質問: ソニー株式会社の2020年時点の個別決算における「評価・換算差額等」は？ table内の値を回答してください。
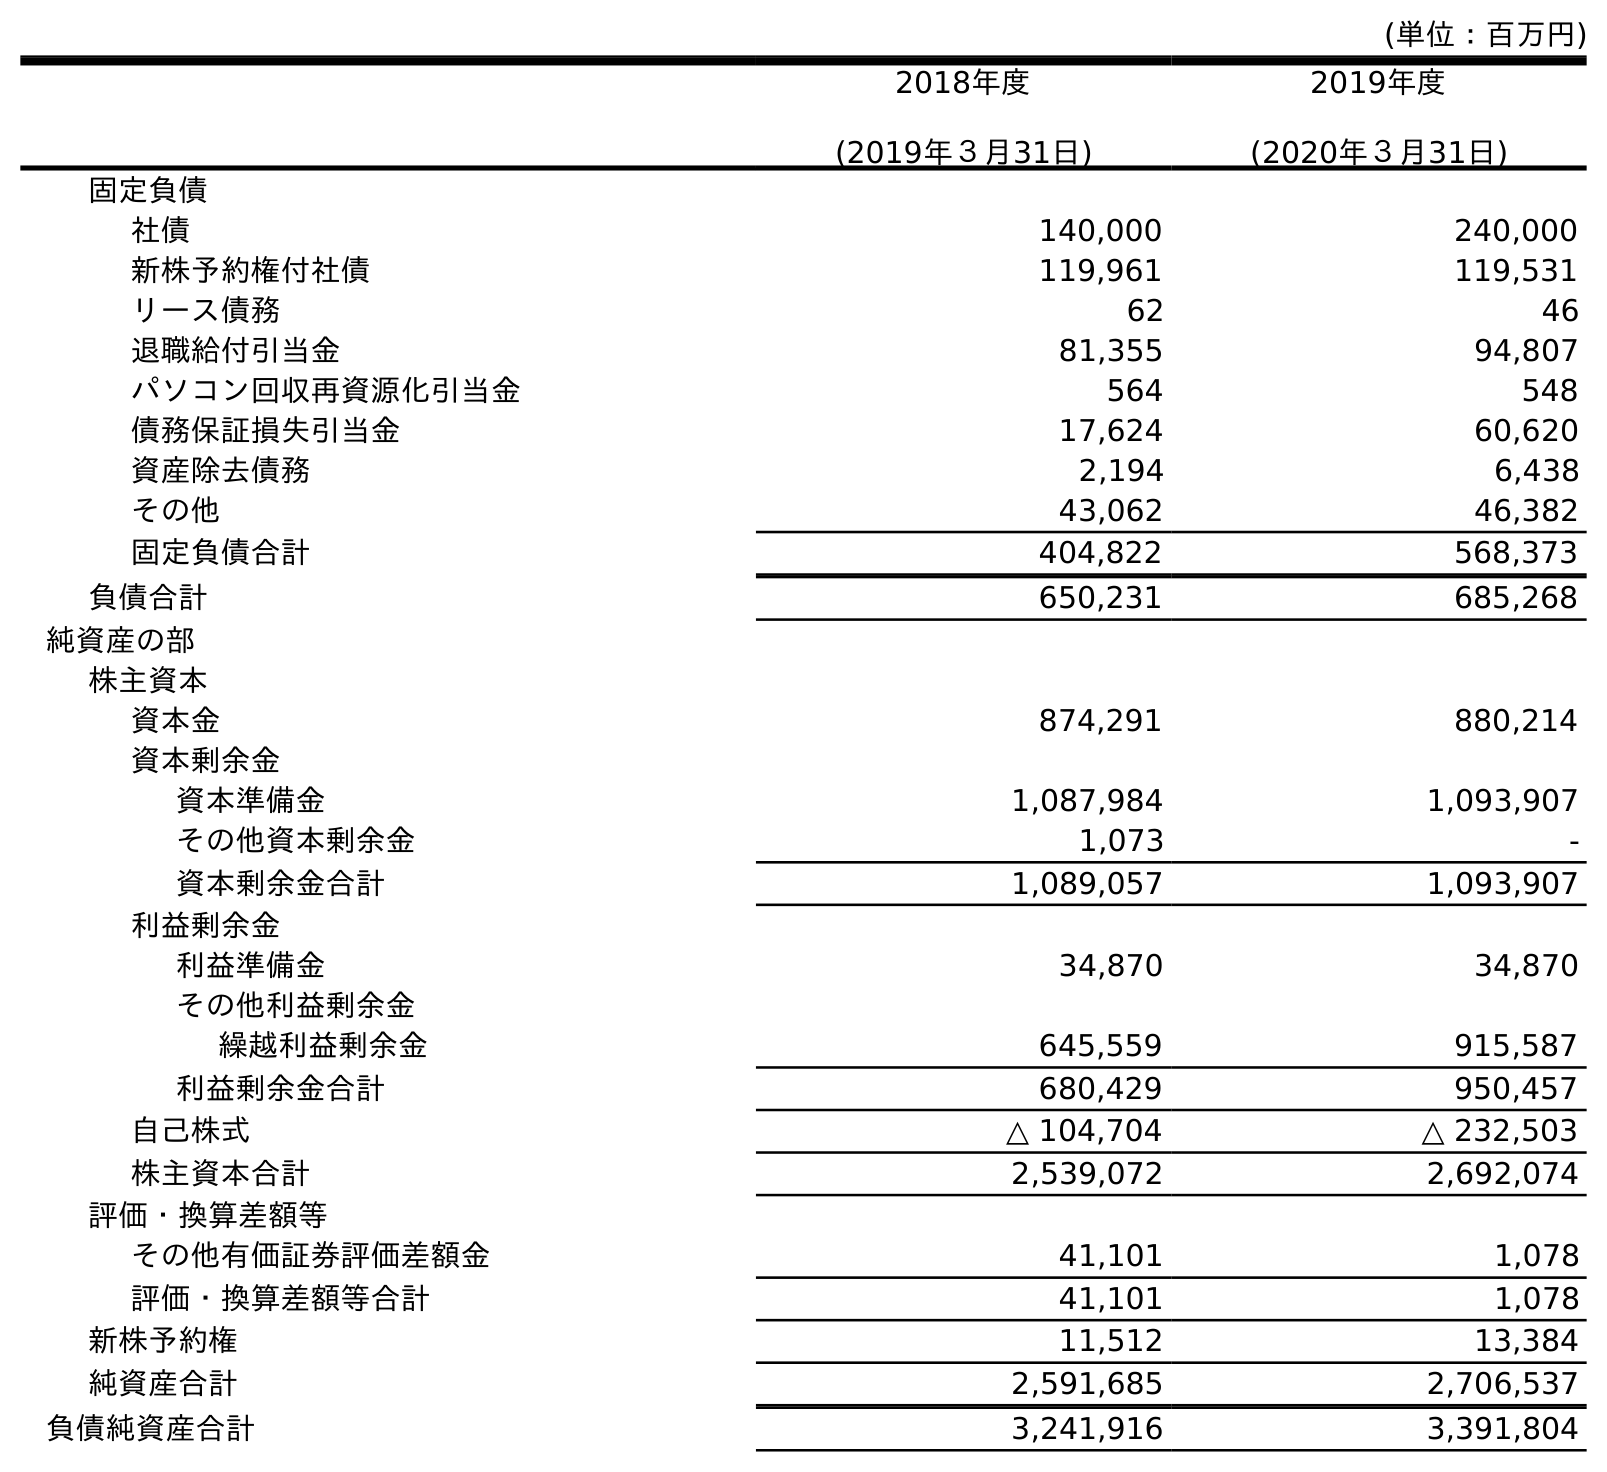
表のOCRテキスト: (単位：百万円) 2018年度 (2019年３月31日) 2019年度 (2020年３月31日) 固定負債 社債 140,000 240,000 新株予約権付社債 119,961 119,531 リース債務 62 46 退職給付引当金 81,355 94,807 パソコン回収再資源化引当金 564 548 債務保証損失引当金 17,624 60,620 資産除去債務 2,194 6,438 その他 43,062 46,382 固定負債合計 404,822 568,373 負債合計 650,231 685,268 純資産の部 株主資本 資本金 874,291 880,214 資本剰余金 資本準備金 1,087,984 1,093,907 その他資本剰余金 1,073 - 資本剰余金合計 1,089,057 1,093,907 利益剰余金 利益準備金 34,870 34,870 その他利益剰余金 繰越利益剰余金 645,559 915,587 利益剰余金合計 680,429 950,457 自己株式 △ 104,704 △ 232,503 株主資本合計 2,539,072 2,692,074 評価・換算差額等 その他有価証券評価差額金 41,101 1,078 評価・換算差額等合計 41,101 1,078 新株予約権 11,512 13,384 純資産合計 2,591,685 2,706,537 負債純資産合計 3,241,916 3,391,804
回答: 1,078